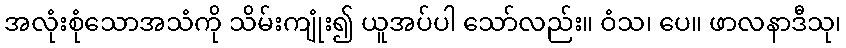
အလုံးစုံသောအသံကို သိမ်းကျုံး၍ ယူအပ်ပါ သော်လည်း။ ဝံသ၊ ပေ။ ဖာလနာဒီသု၊